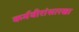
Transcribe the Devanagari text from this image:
कर्मवीरांसारखा